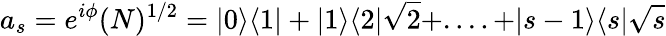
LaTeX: a_{s}=e^{i\phi}(N)^{1/2}=|0\rangle\langle 1|+|1\rangle\langle 2|\sqrt{2}+....+|s-1\rangle\langle s|\sqrt{s}